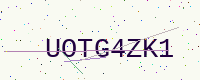
Text: UOTG4ZK1